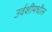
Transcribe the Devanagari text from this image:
उर्वशीमधील